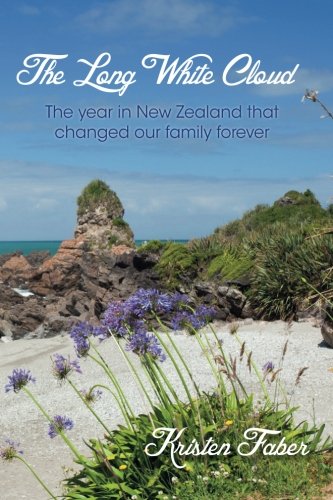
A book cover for The Long White Cloud: The year in New Zealand that changed our family forever.; Kristen Faber; Travel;